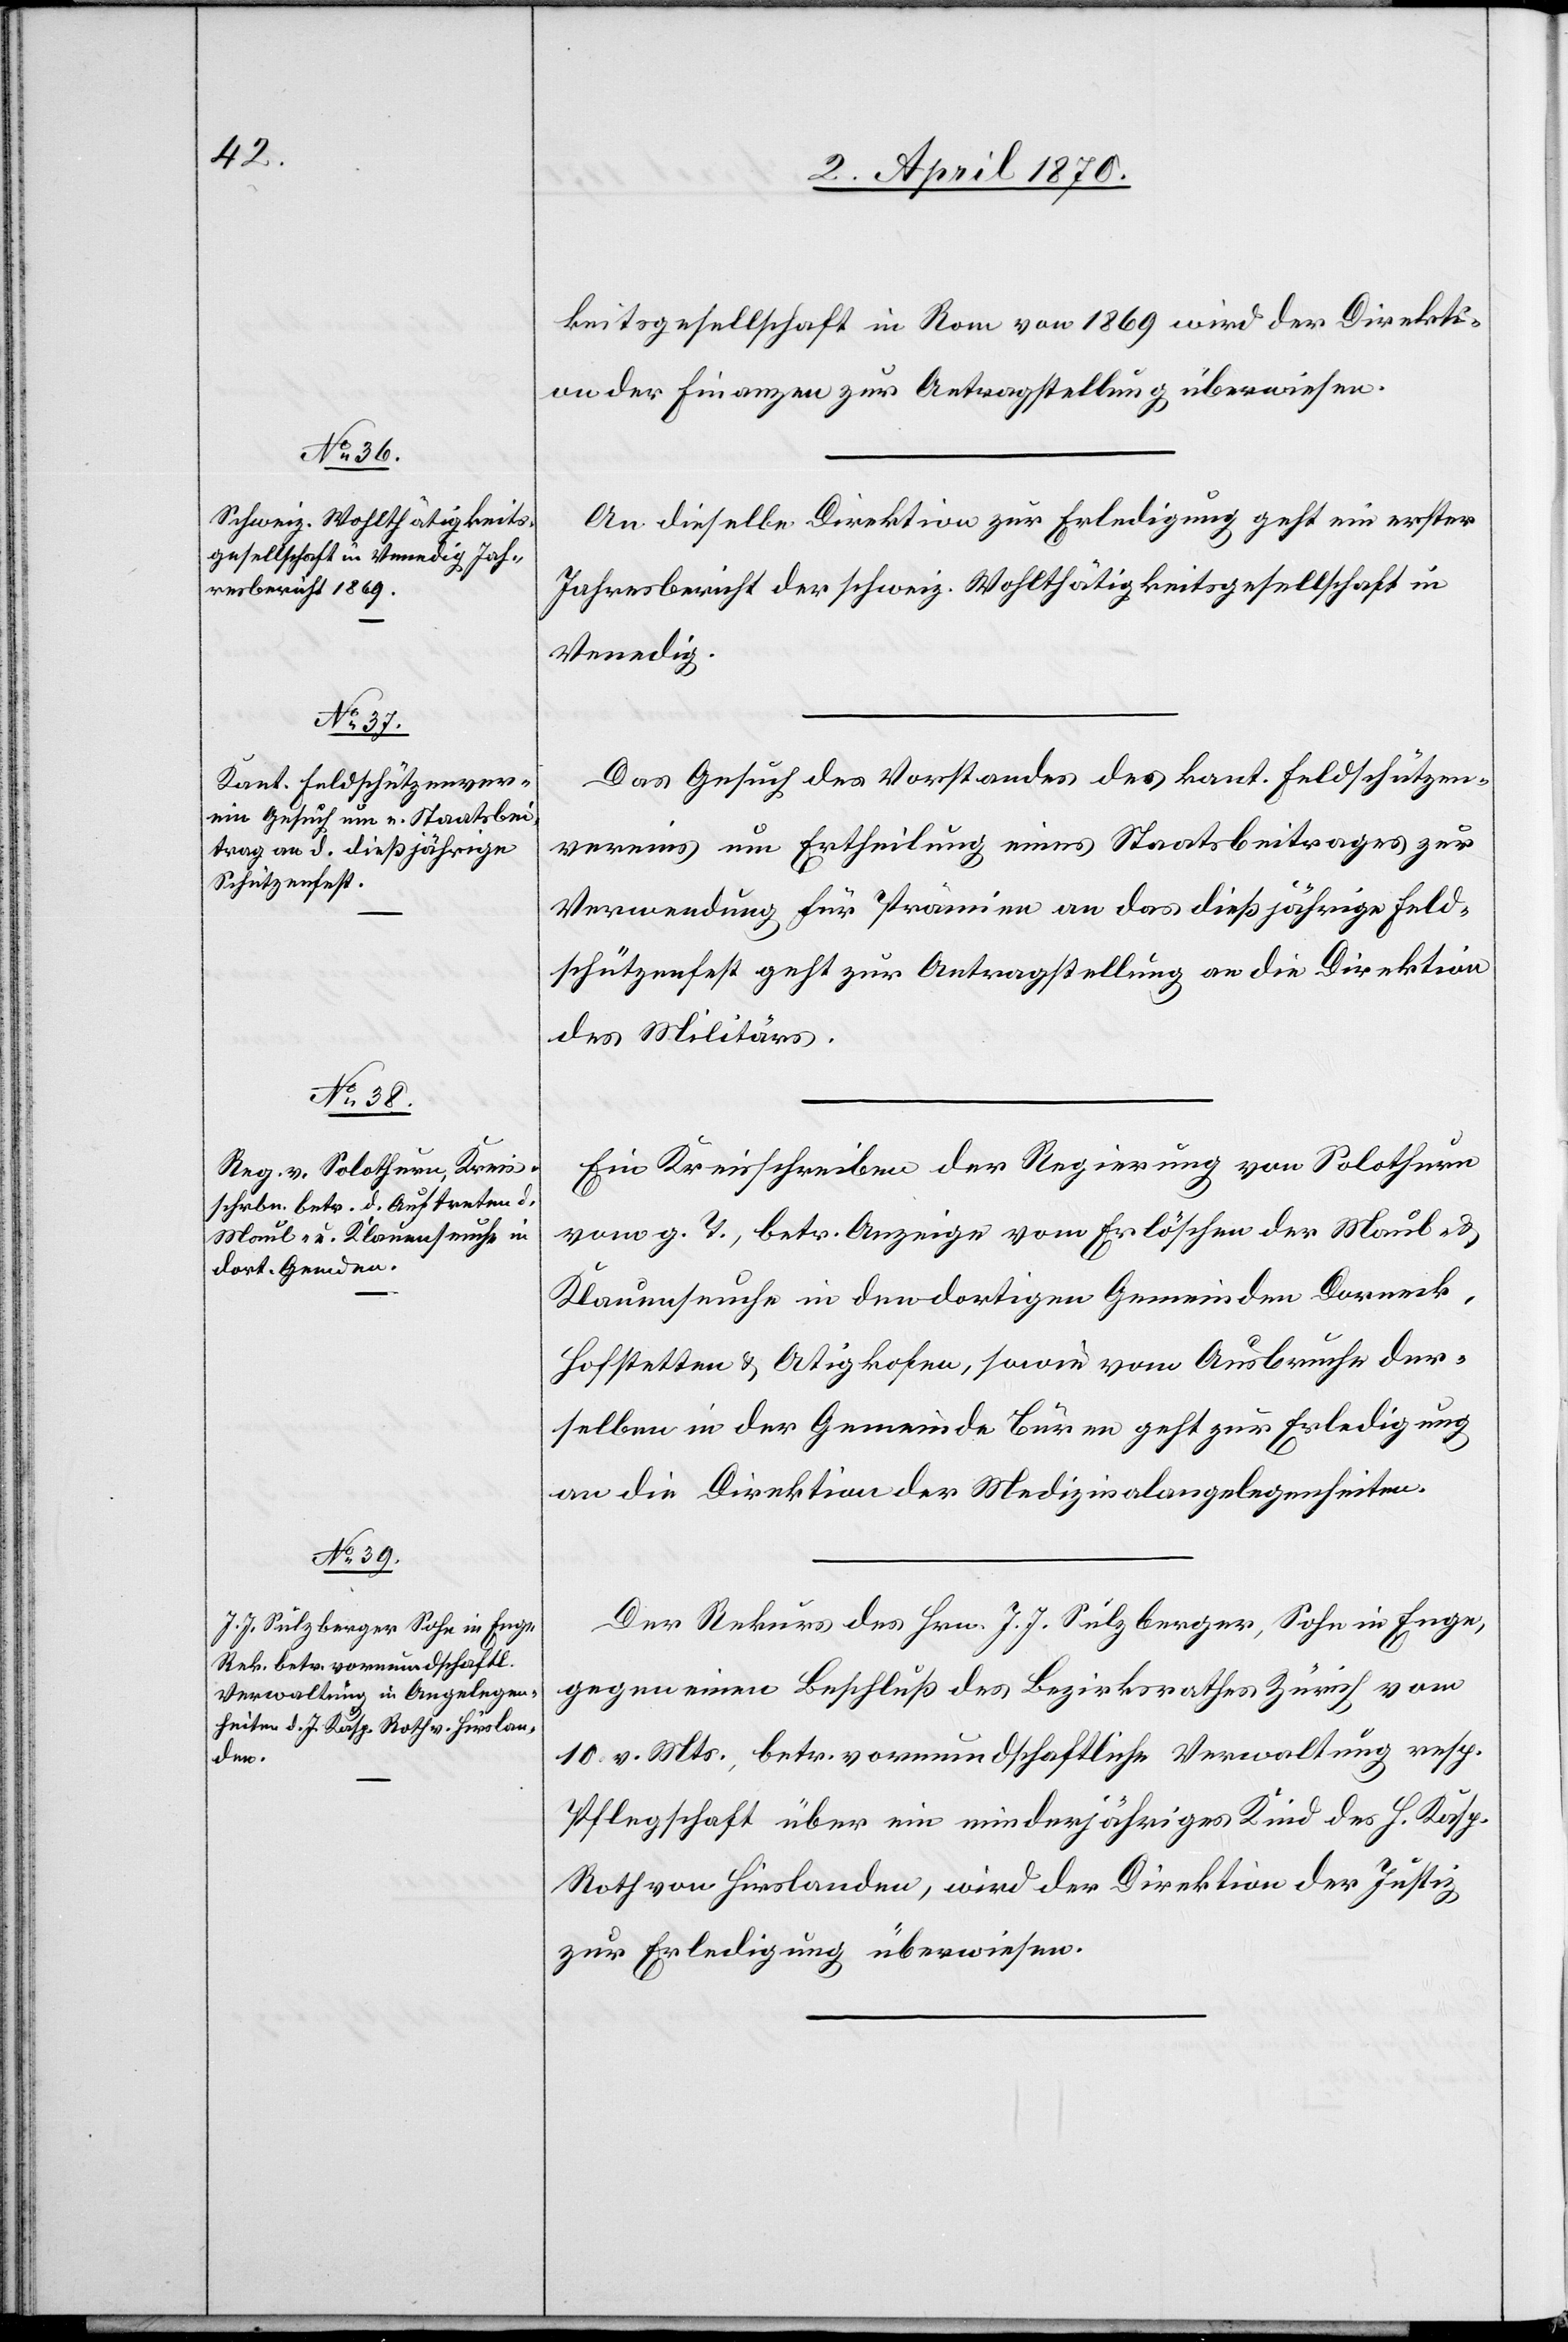
2. April 1870.]
keitsgesellschaft in Rom von 1869 wird der Direkti¬
on der Finanzen zur Antragstellung überwiesen.
An dieselbe Direktion zur Erledigung geht ein erster
Jahresbericht der schweiz. Wohlthätigkeitsgesellschaft in
Venedig.
Das Gesuch des Vorstandes des kant. Feldschützen¬
vereins um Ertheilung eines Staatsbeitrages zur
Verwendung für Prämien an das dießjährige Feld¬
schützenfest geht zur Antragstellung an die Direktion
des Militärs.
Ein Kreisschreiben der Regierung von Solothurn
vom g. T., betr. Anzeige vom Erlöschen der Maul- &
Klauenseuche in den dortigen Gemeinden Dorneck,
Hofstetten & A[e]tigkofen, sowie vom Ausbruche der¬
selben in der Gemeinde Büren geht zur Erledigung
an die Direktion der Medizinangelegenheiten.
Der Rekurs des Hrn. J. J. Sulzberger, Sohn in Enge,
gegen einen Beschluß des Bezirksrathes Zürich vom
10. vor. Mts., betr. vormundschaftliche Verwaltung resp.
Pflegschaft über ein minderjähriges Kind des. H. [sic!]
Roth von Hirslanden, wird der Direktion der Justiz
zur Erledigung überwiesen.